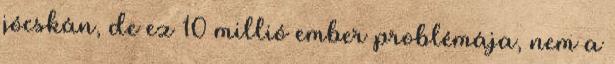
jócskán, de ez 10 millió ember problémája, nem a